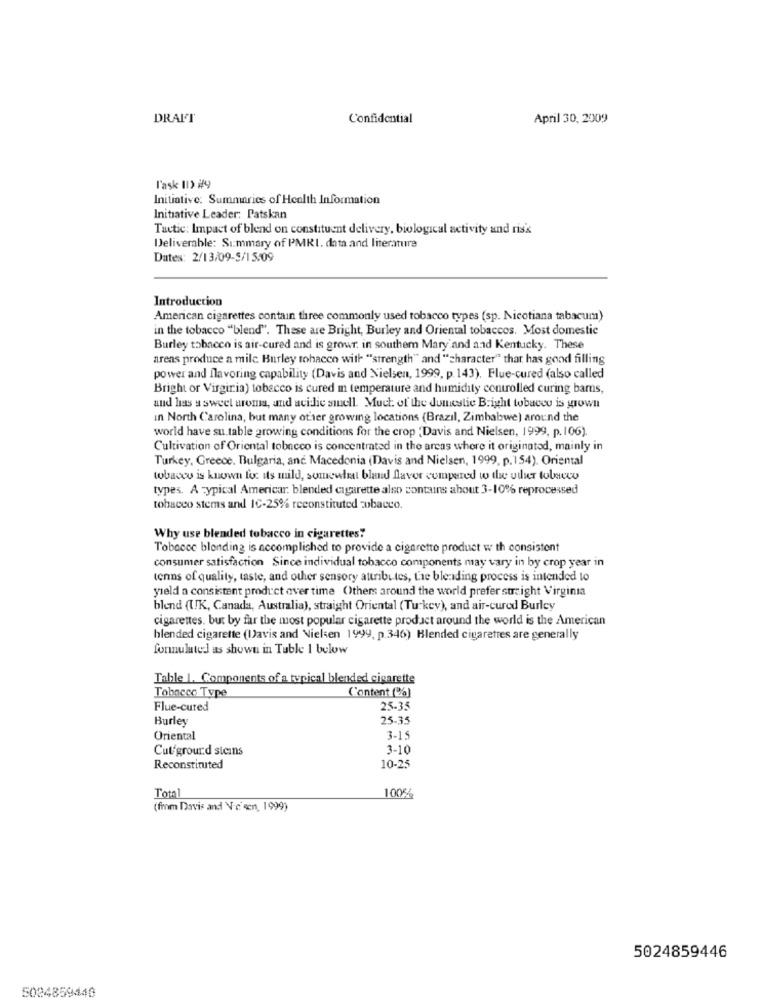
DRAFT
Confidential
April 30, 2009
l'ask 11> #9
Initiative: Summaries of Health Information
Initiative Leader: Patskan
Tactic: Impact of blend on constituent delivery, biological activity and risk
Deliverable: Summary of PMRI. data and literature
Dates: 2/13/09-5/15/09
Introduction
American cigarettes contain three commonly used tobacco types (sp. Nicotiana tabacum)
in the tobacco "blend". These are Bright, Burley and Oriental tobaccos. Most domestic
Burley tobacco is air-cured and is growr. in southem Mary and aad Kentucky. These
areas produce a mile Burley tobacco with "strength" and "character" that has good filling
power and flavoring capability (Davis and Nielsen, 1999, p. 143). Flue-cured (also called
Bright or Virgiria) tobacco is cured m temperature and humidity controlled curing barns,
and has a sweet aroma, and acidic sinell. Much of the domestic Bright tobacco is grown
in North Carolina, but many ofrer growing locations (Brazil, Zimbabwe) around the
world have su.table growing conditions for the crop 'Davis and Nielsen, 1999, p. 106).
Cultivation of Oriental tobacco is concentrated in the areas where it originated, mainly in
Turkey, Greece, Bulgaria, and Macedonia (Davis and Nielsen, 1999, p.154). Oriental
tobacco is known for its mild, somewtrat bland flavor compered w the udur tobacco
types. A typical Americar. blended cigarette also contains about 3-10% reprocessed
tobacco stems and IC-25% reconstituted zobacco.
Why use blended tobacco in cigarettes?
Tobacco blending is accomplished to provide a cigarette product w th consistent
consumer satisfaction Since individual tobacco components may vary in by crop year in
tenns of quality, taste, and other sensory attributes, the blending process is intended to
yield a consistent product over time Others around the world prefer straight Virginia
blend (UK, Canada, Australia), straight Oriental (Turkey), and air-cured Burley
cigarettes, but by far the most popular cigarette product around the world is the American
blended cigarette (Davis and Nielsen 1999, p.346) Blended cigarettes are generally
formulated as shown in Tuble 1 below
Table 1. Components of a typical blended cigarette
Tobacco Type
C'ontent (%)
Flue-cured
25-35
Burley
25-35
Oriental
3-15
Cut/ground steins
3-10
Reconstituted
10-25
Total
1006%
(fim Davis and N-c'een, 1999)
5024859446
5024859440